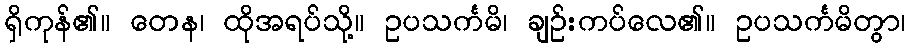
ရှိကုန်၏။ တေန၊ ထိုအရပ်သို့။ ဥပသင်္ကမိ၊ ချဉ်းကပ်လေ၏။ ဥပသင်္ကမိတွာ၊